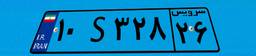
۹۴S۲۳۱۷۸